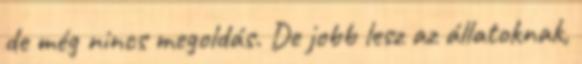
de még nincs megoldás. De jobb lesz az állatoknak,